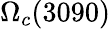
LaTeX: \Omega_{c}(3090)